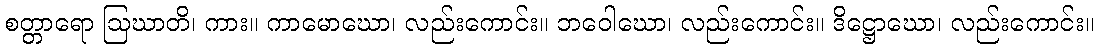
စတ္တာရော ဩဃာတိ၊ ကား။ ကာမောဃော၊ လည်းကောင်း။ ဘဝေါဃော၊ လည်းကောင်း။ ဒိဋ္ဌောဃော၊ လည်းကောင်း။